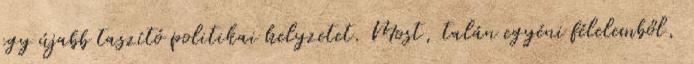
egy újabb taszító politikai helyzetet. Most, talán egyéni félelemből,